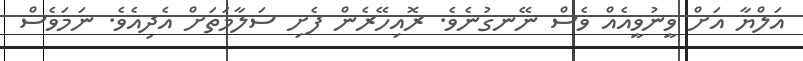
އަލްޔާ އަށް ވީނުވީއެއް ވެސް ނޭނގުނެވެ. ރޮއިހޭރެން ފެށި ސަލާމަތަށް އެދިއެވެ. ނަމަވެސް